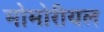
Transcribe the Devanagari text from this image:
मोमोरीयल